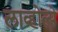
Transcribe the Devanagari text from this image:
लाव्होल्पे